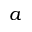
a